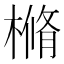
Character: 樇